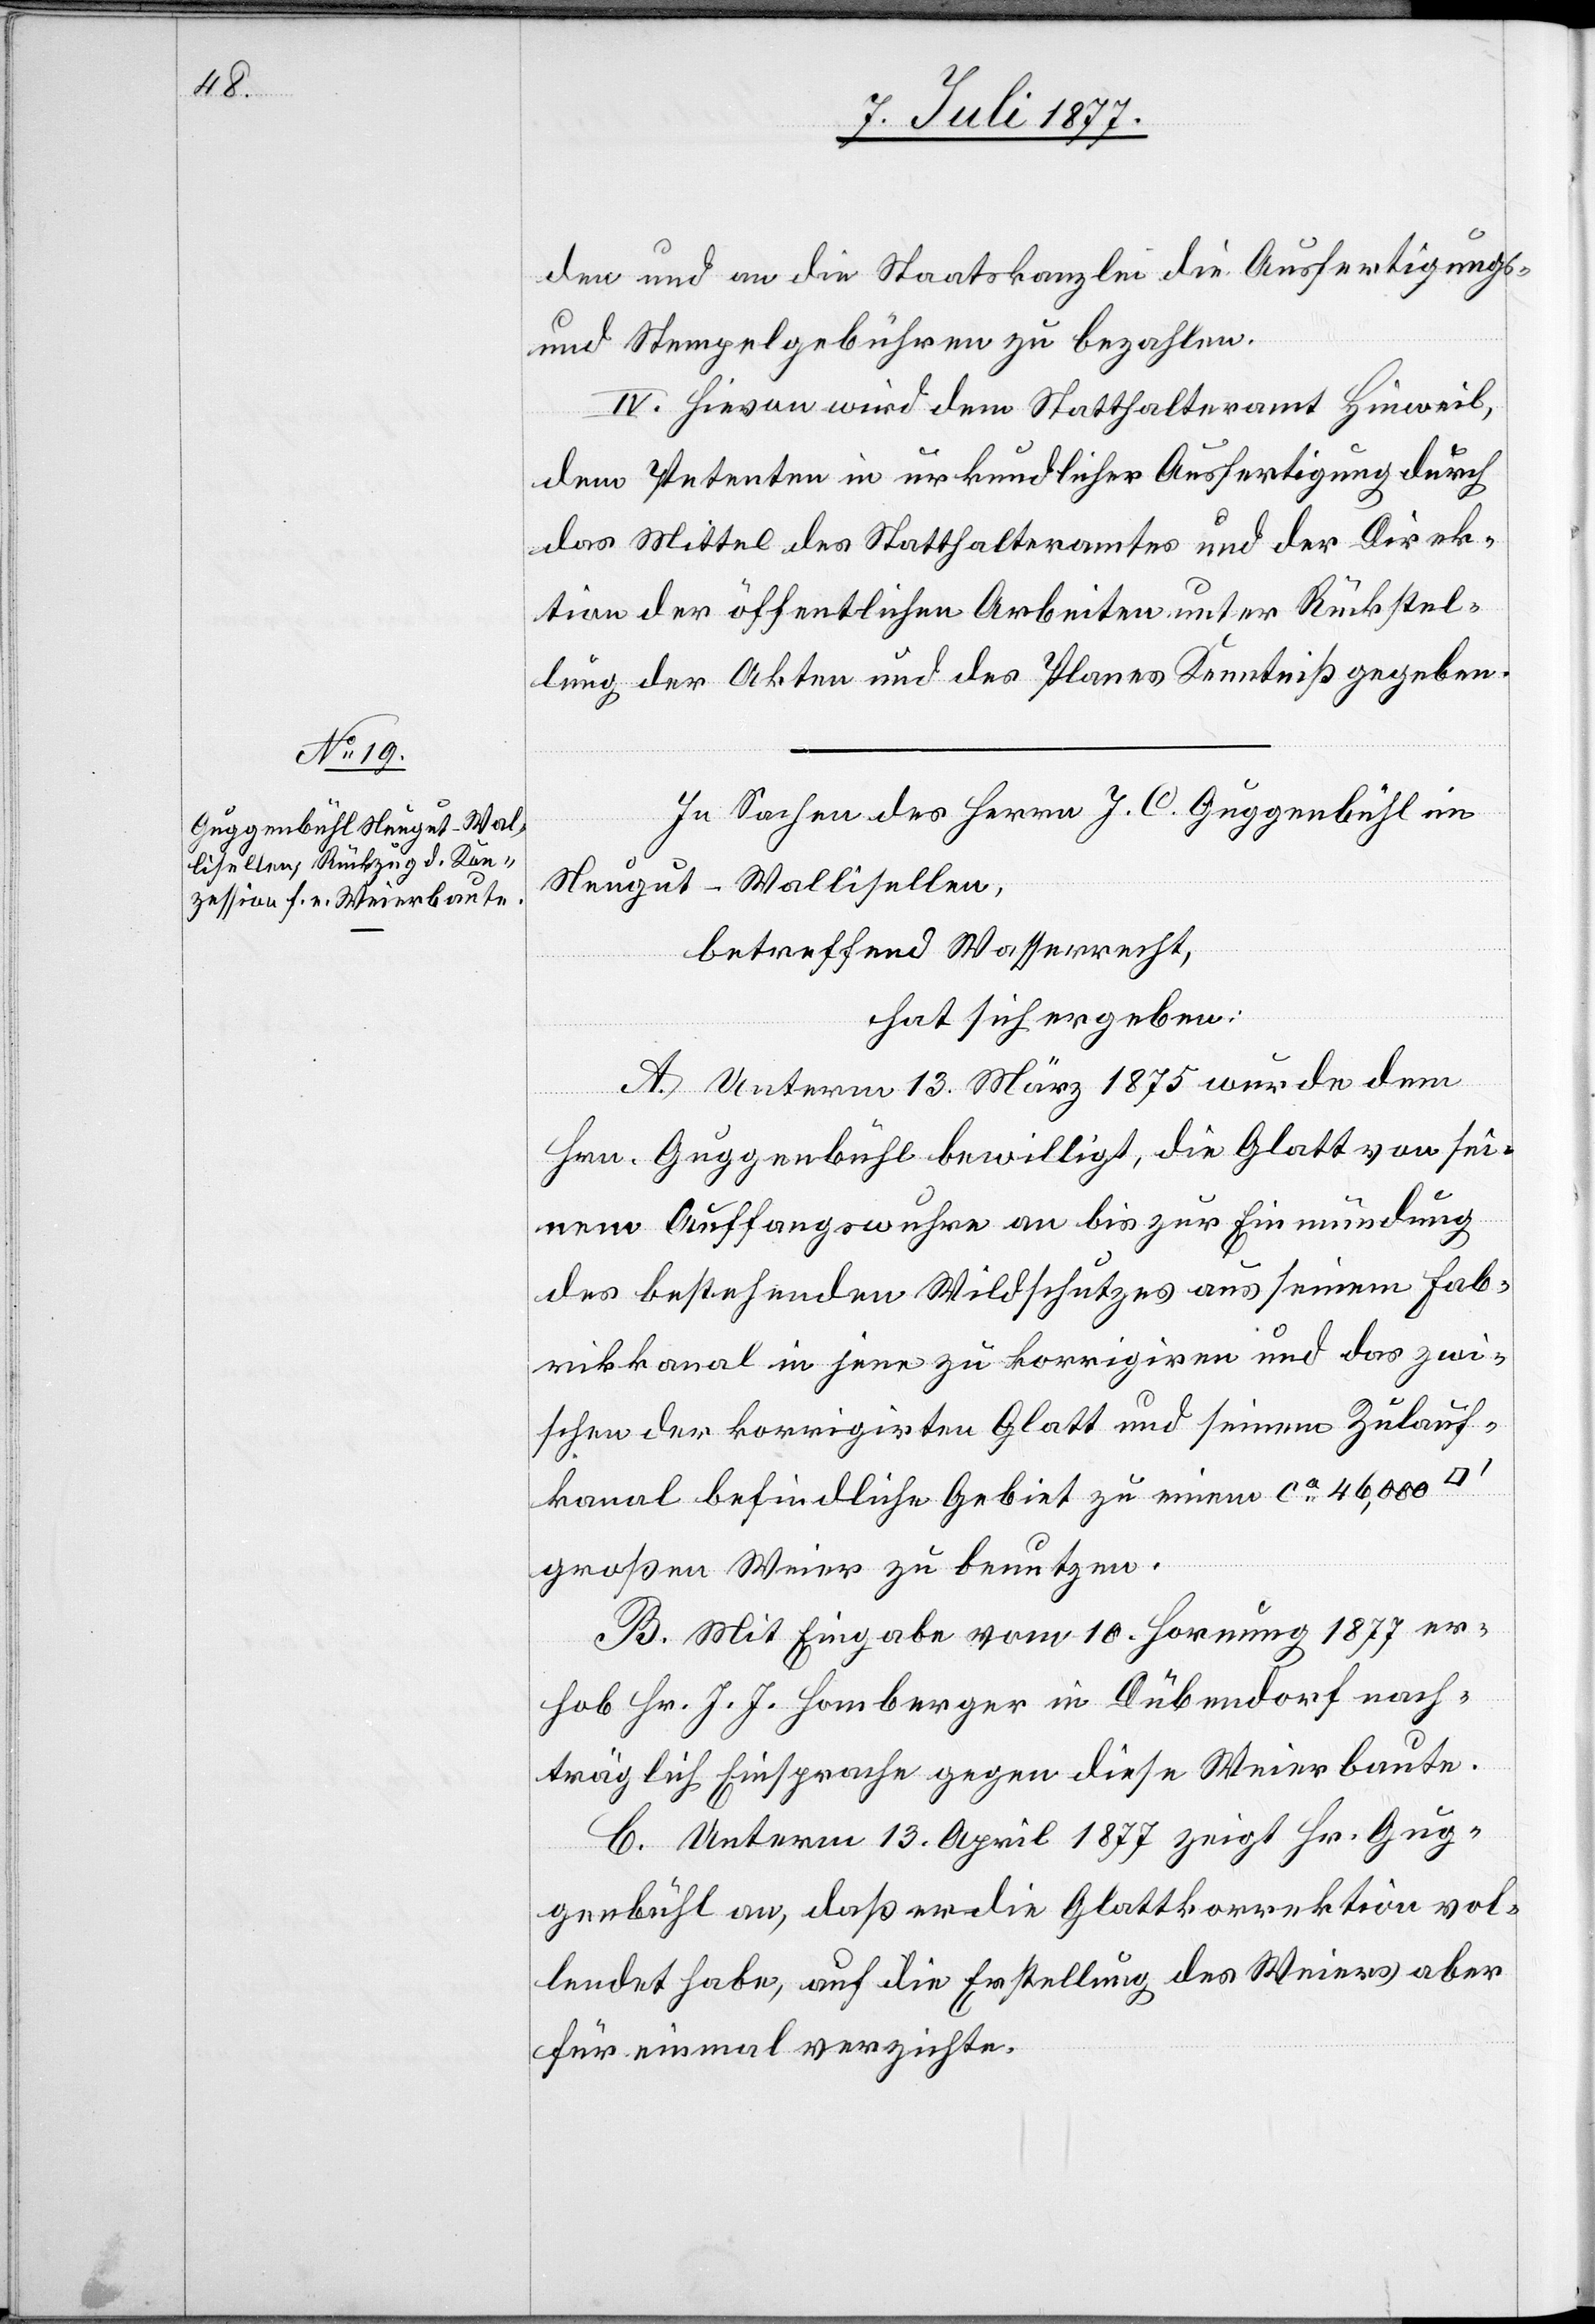
den und an die Staatskanzlei die Ausfertigungs-
und Stempelgebühren zu bezahlen.
IV. Hievon wird dem Statthalteramt Hinweil,
dem Petenten in urkundlicher Ausfertigung durch
das Mittel des Statthalteramtes und der Direk¬
tion der öffentlichen Arbeiten unter Rückstel¬
lung der Akten und des Planes Kenntniß gegeben.
In Sachen des Herrn J. C. Guggenbühl im
Neugut - Wallisellen,
betreffend Wasserrecht,
hat sich ergeben:
A. Unterm 13. März 1875 wurde dem
Hrn. Guggenbühl bewilligt, die Glatt von sei¬
nem Auffangswuhre an bis zur Einmündung
des bestehenden Wildschutzes aus seinem Fab¬
rikkanal in jene zu korrigiren und das zwi¬
schen der korrigirten Glatt und seinem Zulauf¬
kanal befindliche Gebiet zu einem ca 46,000
großen Weier zu benutzen.
B. Mit Eingabe vom 10. Hornung 1877 er¬
hob Hr. J. J. Homberger in Dübendorf nach¬
träglich Einsprache gegen diese Weierbaute.
C. Unterm 13. April 1877 zeigt Hr. Gug¬
genbühl an, daß er die Glattkorrektion vol¬
lendet habe, auf die Erstellung des Weiers aber
für einmal verzichte.